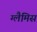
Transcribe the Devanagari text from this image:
ग्लैमिस